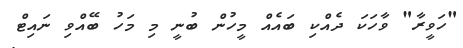
"ހަވީރާ" ވާހަކަ ދެއްކި ބައެއް މީހުން ބުނީ މި މަހު ބޭއްވި ނައިޓް